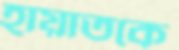
হায়াতকে